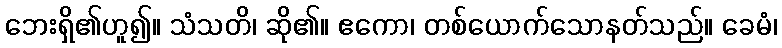
ဘေးရှိ၏ဟူ၍။ သံသတိ၊ ဆို၏။ ဧကော၊ တစ်ယောက်သောနတ်သည်။ ခေမံ၊